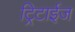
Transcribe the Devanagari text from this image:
ट्रिटाईज